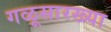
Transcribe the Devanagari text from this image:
गळूसारख्या